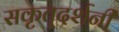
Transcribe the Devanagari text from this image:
सकृत्‌दर्शनी